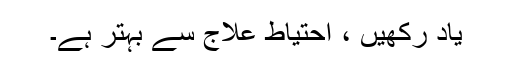
یاد رکھیں ، احتیاط علاج سے بہتر ہے۔